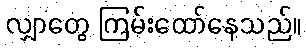
လျှာတွေ ကြမ်းထော်နေသည်။